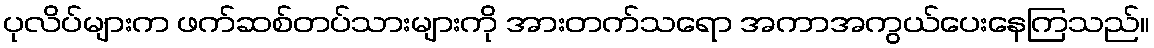
ပုလိပ်များက ဖက်ဆစ်တပ်သားများကို အားတက်သရော အကာအကွယ်ပေးနေကြသည်။